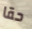
حقا